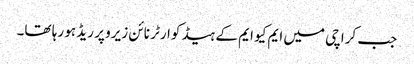
جب کراچی میں ایم کیو ایم کے ہیڈ کوارٹر نائن زیرو پر ریڈ ہو رہا تھا۔